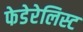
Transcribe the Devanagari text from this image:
फेडेरेलिस्ट